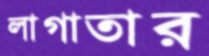
লাগাতার